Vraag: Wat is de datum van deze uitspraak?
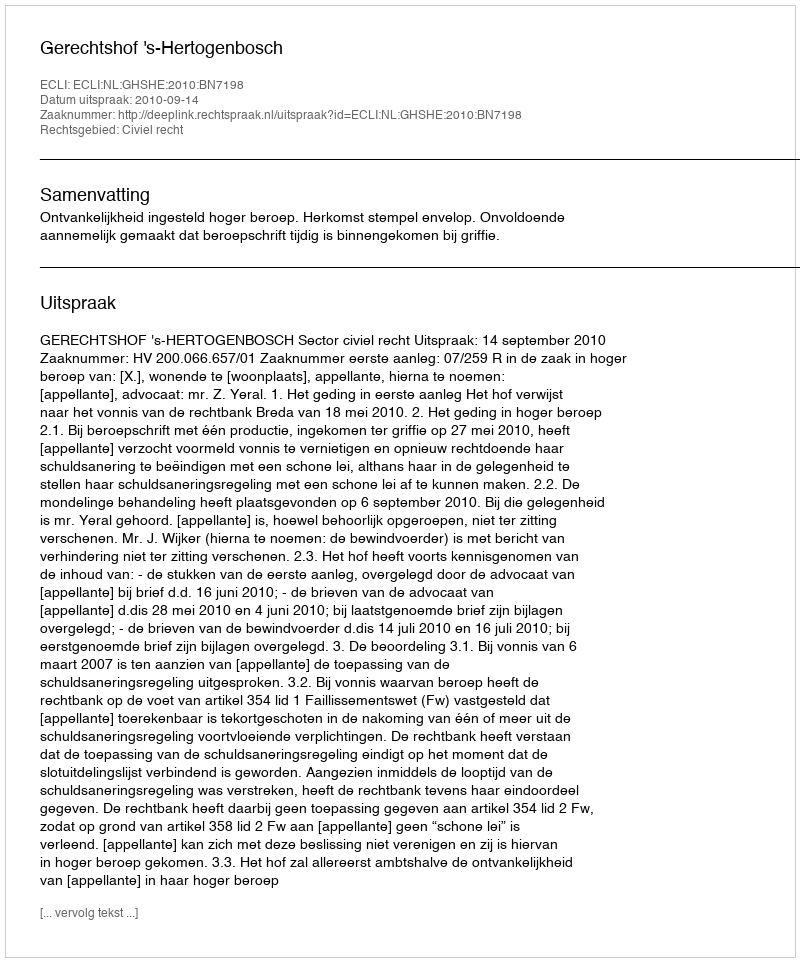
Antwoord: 2010-09-14